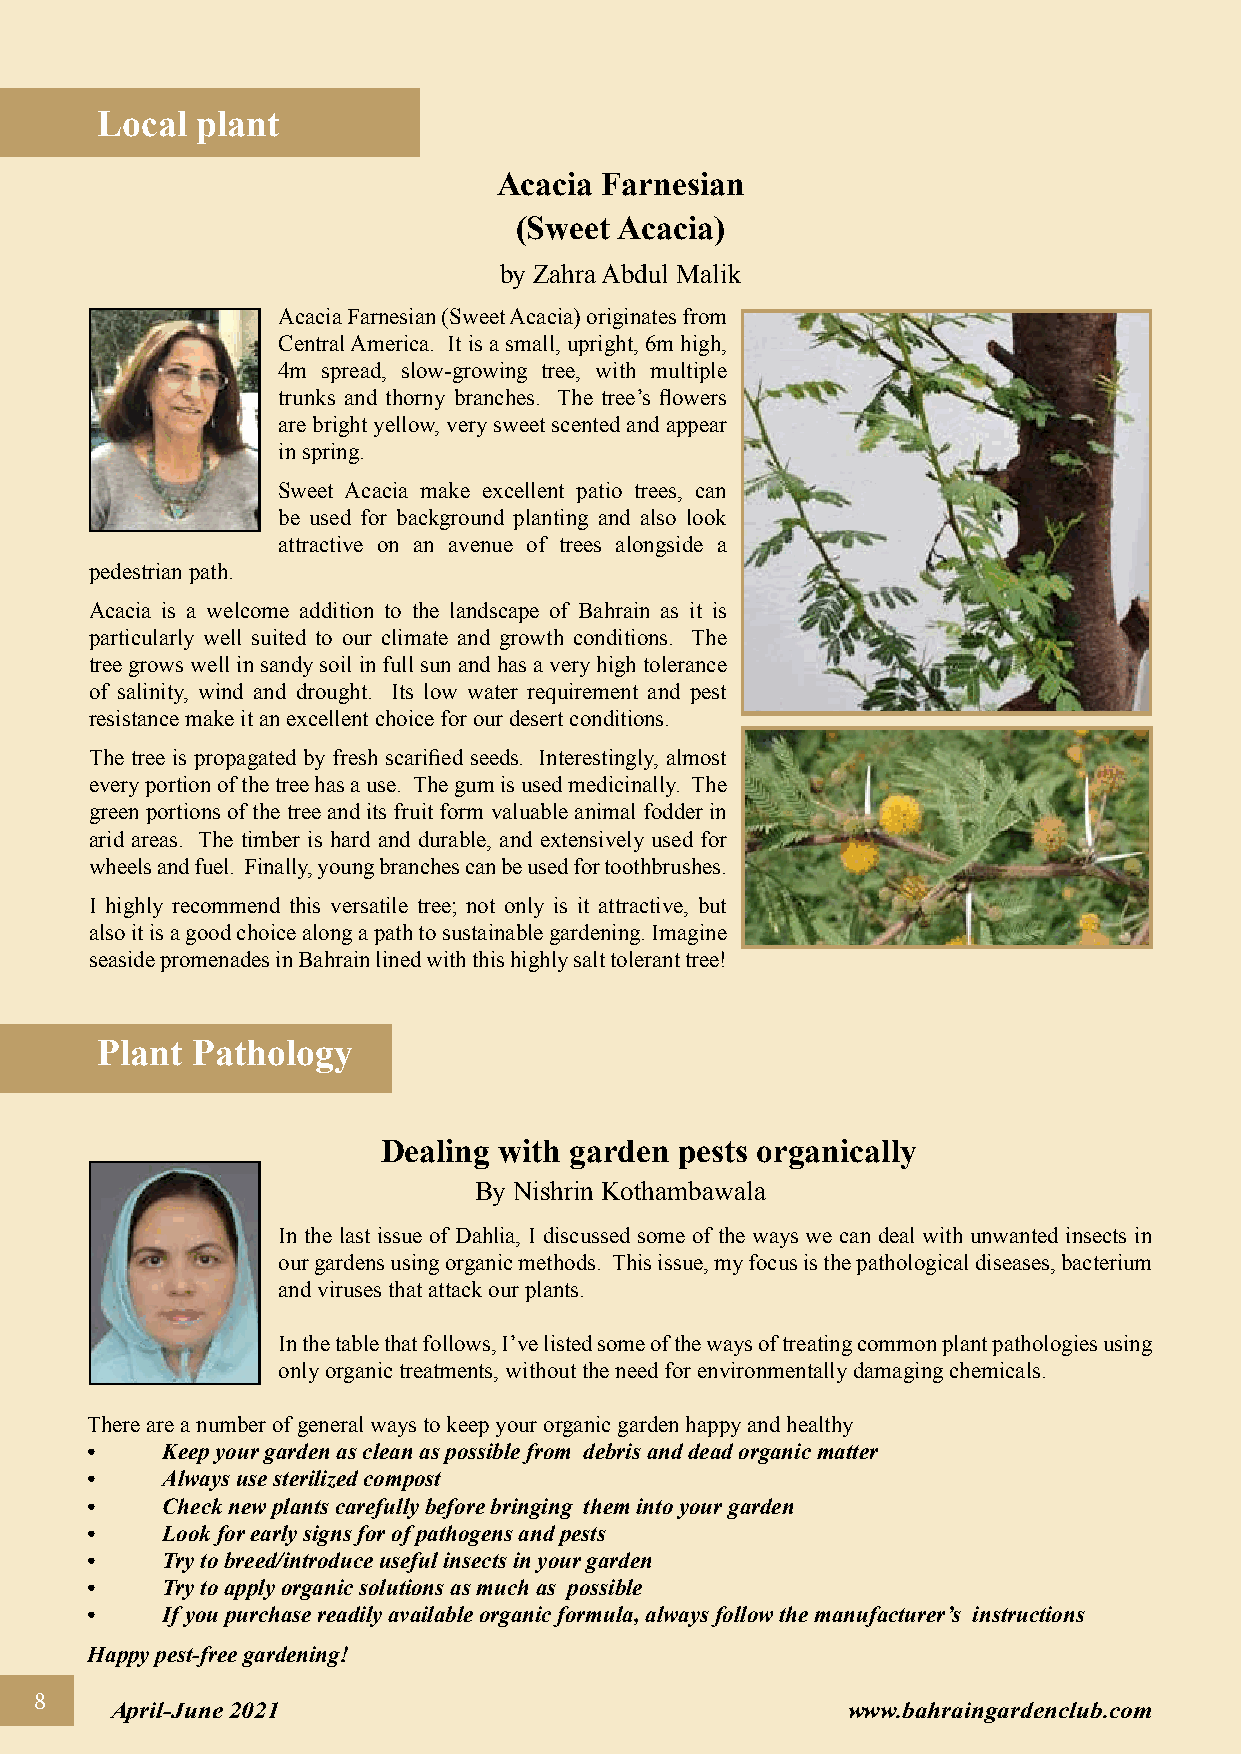
Local  plant
 Acacia Farnesian
 (Sweet Acacia)
 by Zahra Abdul Malik
 Acacia Farnesian (Sweet Acacia) originates from
 Central America. It is a small, upright, 6m high,
 4m spread, slow-growing tree, with multiple
 trunks and thorny branches. The tree’s flowers
 are bright yellow, very sweet scented and appear
 in spring.
 Sweet Acacia make excellent patio trees, can
 be used for background planting and also look
 attractive on an avenue of trees alongside a
 pedestrian path.
 Acacia is a welcome addition to the landscape of Bahrain as it is
 particularly well suited to our climate and growth conditions. The
 tree grows well in sandy soil in full sun and has a very high tolerance
 of salinity, wind and drought. Its low water requirement and pest
 resistance make it an excellent choice for our desert conditions.
 The tree is propagated by fresh scarified seeds. Interestingly, almost
 every portion of the tree has a use. The gum is used medicinally. The
 green portions of the tree and its fruit form valuable animal fodder in
 arid areas. The timber is hard and durable, and extensively used for
 wheels and fuel. Finally, young branches can be used for toothbrushes.
 I highly recommend this versatile tree; not only is it attractive, but
 also it is a good choice along a path to sustainable gardening. Imagine
 seaside promenades in Bahrain lined with this highly salt tolerant tree!
 Plant  Pathology
 Dealing with garden pests organically
 By Nishrin Kothambawala
 In the last issue of Dahlia, I discussed some of the ways we can deal with unwanted insects in
 our gardens using organic methods. This issue, my focus is the pathological diseases, bacterium
 and viruses that attack our plants.
 In the table that follows, I’ve listed some of the ways of treating common plant pathologies using
 only organic treatments, without the need for environmentally damaging chemicals.
 There are a number of general ways to keep your organic garden happy and healthy
 •    Keep your garden as clean as possible from debris and dead organic matter
 •    Always use sterilized compost
 •    Check new plants carefully before bringing them into your garden
 •    Look for early signs for of pathogens and pests
 •    Try to breed/introduce useful insects in your garden
 •    Try to apply organic solutions as much as possible
 •    If you purchase readily available organic formula, always follow the manufacturer’s instructions
 Happy pest-free gardening!
 8
 April-June 2021                                  www.bahraingardenclub.com